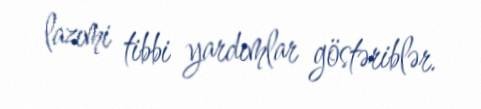
lazımi tibbi yardımlar göstəriblər.